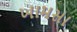
ખામસા